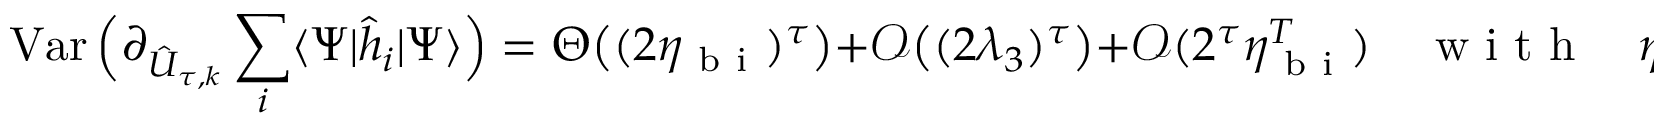
\operatorname { V a r } \Big ( \partial _ { \hat { U } _ { \tau , k } } \sum _ { i } \langle \Psi | \hat { h } _ { i } | \Psi \rangle \Big ) = \Theta \big ( ( 2 \eta _ { \mathrm { ~ b ~ i ~ } } ) ^ { \tau } \big ) + \mathcal { O } \big ( ( 2 \lambda _ { 3 } ) ^ { \tau } \big ) + \mathcal { O } ( 2 ^ { \tau } \eta _ { \mathrm { ~ b ~ i ~ } } ^ { T } ) \quad \mathrm { ~ w ~ i ~ t ~ h ~ } \quad \eta _ { \mathrm { ~ b ~ i ~ } } = \frac { \chi ^ { 2 } ( 1 + \chi ) ^ { 4 } } { 2 ( 1 + \chi ^ { 2 } ) ^ { 4 } } ,